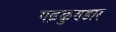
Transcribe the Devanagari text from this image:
गढ़कुण्डार